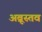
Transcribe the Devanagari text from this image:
अब्रूस्तव